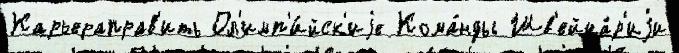
Карьераправ'ить Ол'имп'и́йск'иjе Кома́нды Шв'ейца́р'иjи